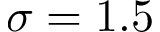
\sigma = 1 . 5